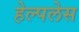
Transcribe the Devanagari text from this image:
हेल्पलेस